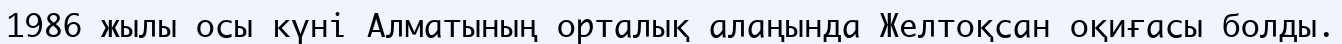
1986 жылы осы күні Алматының орталық алаңында Желтоқсан оқиғасы болды.